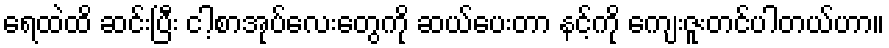
ရေထဲထိ ဆင်းပြီး ငါ့စာအုပ်လေးတွေကို ဆယ်ပေးတာ နင့်ကို ကျေးဇူးတင်ပါတယ်ဟာ။